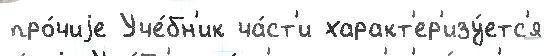
про́чиjе Уче́бн'ик ча́ст'и характ'ер'изу́етс'я